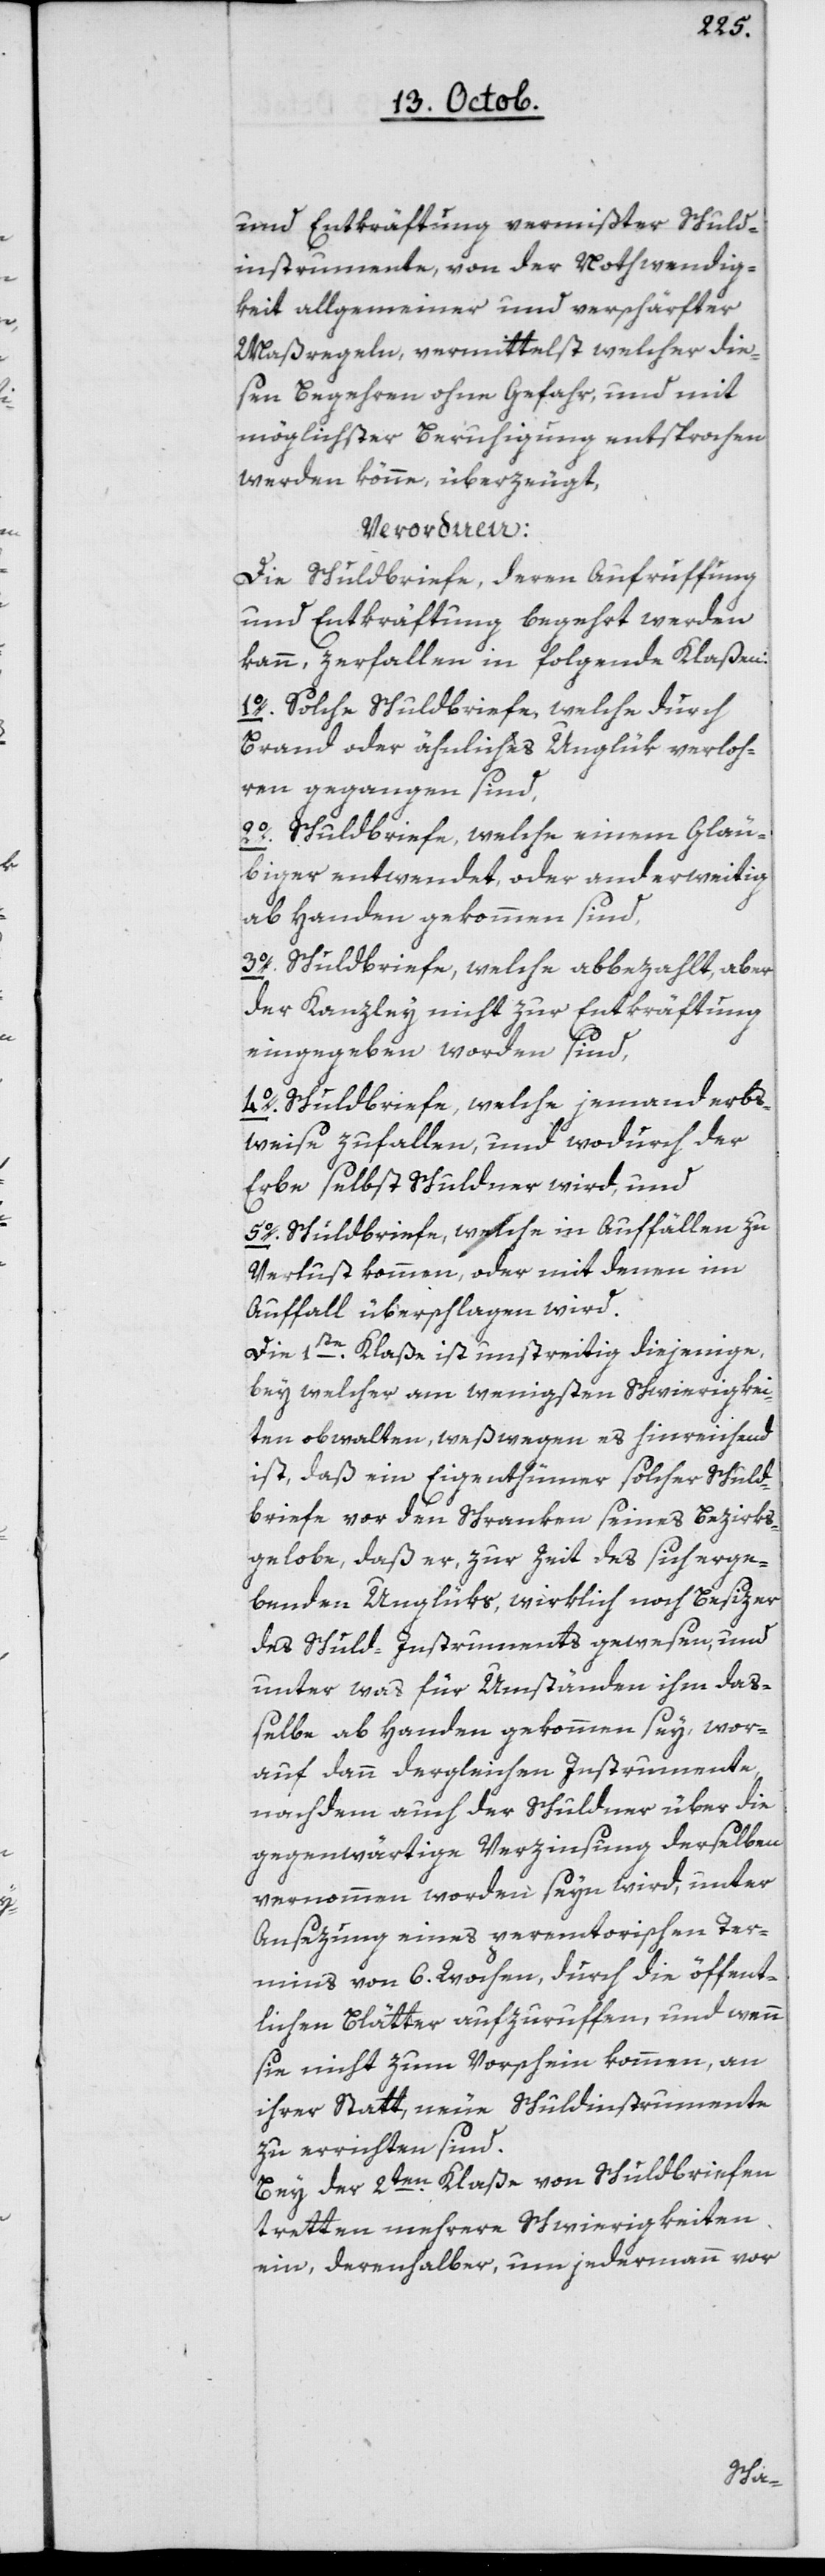
und Entkräftung vermißter Schuld¬
instrumente von der Nothwendig¬
keit allgemeiner und verschärfter
Maßregeln, vermittelst welcher die¬
sen Begehren ohne Gefahr, und mit
möglichster Beruhigung entsprochen
werden könne, überzeugt,
verordnen:
Die Schuldbriefe, deren Aufruffung
und Entkräftung begehrt werden
kann, zerfallen in folgende Klaßen:
1o solche Schuldbriefe, welche durch
Brand oder ähnliches Unglük verloh¬
ren gegangen sind,
2o Schuldbriefe, welche einem Gläu¬
biger entwendet, oder anderweitig
abhanden gekommen sind,
3o Schuldbriefe, welche abbezahlt, aber
der Kanzley nicht zur Entkräftung
eingegeben worden sind,
4o Schuldbriefe, welche jemand erbs¬
weise zufallen, und wodurch der
Erbe selbst Schuldner wird, und
5o Schuldbriefe, welche in Auffällen zu
Verlust kommen oder mit denen im
Auffahl überschlagen wird.
Die 1te Klaße ist umstreitig diejenige,
bey welcher am wenigsten Schwierigkei¬
ten obwalten, weßwegen es hinreichend
ist, daß ein Eigenthümer solcher Schuld¬
briefe vor den Schranken seines Bezirks
gelobe, daß er, zur Zeit des sich erge¬
benden Unglüks, wirklich noch Besizer
des Schuld-Instruments gewesen, und
unter was für Umständen ihm daß¬
elbe abhanden gekommen sey, wor¬
auf dann dergleichen Instrumente,
nachdem auch der Schuldner über die
gegenwärtige Verzinsung derselben
vernommen worden seyn wird, unter
Ansezung eines peremtorischen Ter¬
mins von 6 Wochen, durch die öffent¬
lichen Blätter aufzuruffen, und wenn
sie nicht zum Vorschein kommen, an
ihrer Statt, neue Schuldinstrumente
zu errichten sind.
Bey der 2ten Klaße von Schuldbriefen
tretten mehrere Schwierigkeiten
ein, derenhalber, um jedermann vor